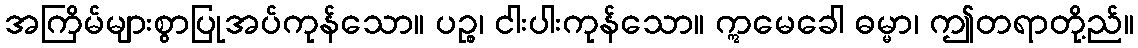
အကြိမ်များစွာပြုအပ်ကုန်သော။ ပဉ္စ၊ ငါးပါးကုန်သော။ ဣမေခေါ ဓမ္မာ၊ ဤတရာတို့ည်။